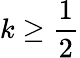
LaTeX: k\geq\frac 12